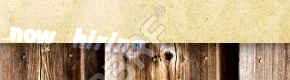
now hiring